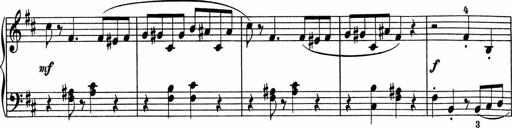
Title: 5 Sonatinen fÃ¼r die Jugend
Composer: Carl Reinecke